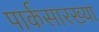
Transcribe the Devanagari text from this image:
पार्कसारख्या